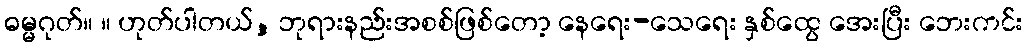
ဓမ္မဂုတ်။ ။ ဟုတ်ပါတယ်, ဘုရားနည်းအစစ်ဖြစ်တော့ နေရေး-သေရေး နှစ်ထွေ အေးပြီး ဘေးကင်း